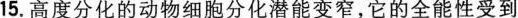
15.高度分化的动物细胞分化潜能变窄，它的全能性受到